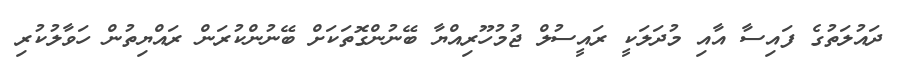
ދައުލަތުގެ ފައިސާ އާއި މުދަލަކީ ރައީސުލް ޖުމުހޫރިއްޔާ ބޭނުންގޮތަކަށް ބޭނުންކުރަން ރައްޔިތުން ހަވާލުކުރި